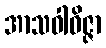
အာသဝါဝိဇ္ဇာ